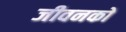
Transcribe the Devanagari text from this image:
जीवनको